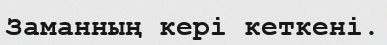
Заманның кері кеткені.